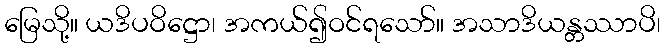
မြေသို့။ ယဒိပဝိဋ္ဌော၊ အကယ်၍ဝင်ရသော်။ အသာဒိယန္တဿာပိ၊